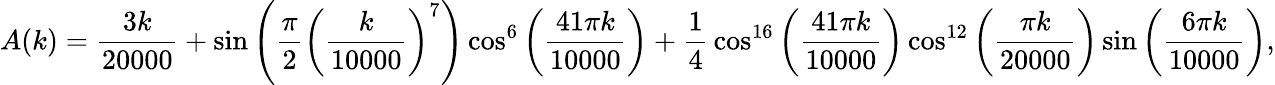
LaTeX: A(k)={\frac{3k}{20000}}+\sin\left({\frac{\pi}{2}}\left({\frac{k}{10000}}\right)^{7}\right)\cos^{6}\left({\frac{41\pi k}{10000}}\right)+{\frac{1}{4}}\cos^{16}\left({\frac{41\pi k}{10000}}\right)\cos^{12}\left({\frac{\pi k}{20000}}\right)\sin\left({\frac{6\pi k}{10000}}\right),